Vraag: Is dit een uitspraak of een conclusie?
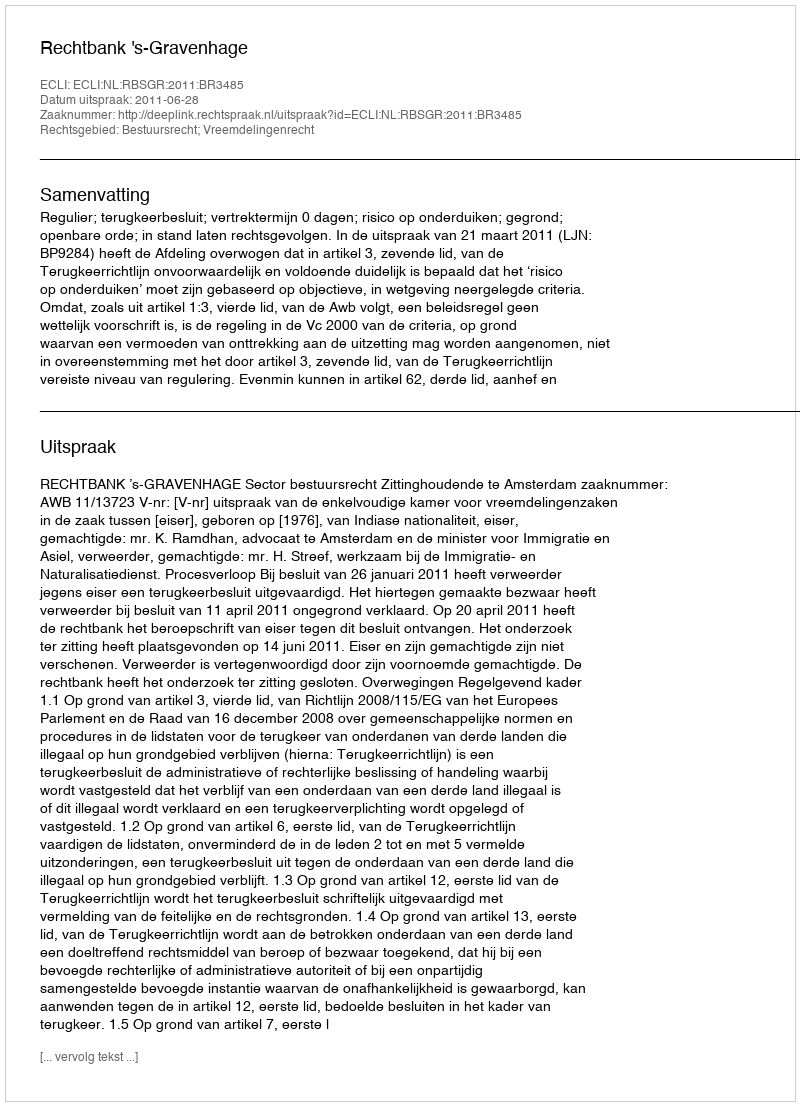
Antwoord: Uitspraak